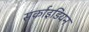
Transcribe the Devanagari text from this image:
सर्काइडियन